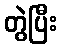
တွဲပြီး